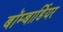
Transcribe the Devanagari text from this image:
बॉम्बार्डियर